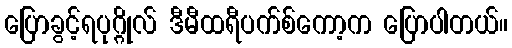
ပြောခွင့်ရပုဂ္ဂိုလ် ဒီမီထရီပက်စ်ကော့က ပြောပါတယ်။